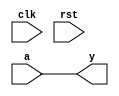
`timescale 1ns/1ps
`default_nettype none

module dl(
    output reg y,
    input wire a,
    input wire clk,
    input wire rst
);
parameter delay = 31000;

initial y = 0;

`ifdef TARGET_FPGA

localparam SIZE = (delay*10/244);
reg [SIZE-1:0] delay_line;

always @(posedge clk) begin
    if (~rst) begin
        delay_line <= 0;
        y <= 0;
    end else begin
        y <= delay_line[SIZE-1];
        delay_line <= {delay_line[SIZE-2:0], a};
    end
end

`else

always @(a) begin
    y <= #delay a;
end

`endif
endmodule
`default_nettype wire